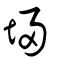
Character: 埐